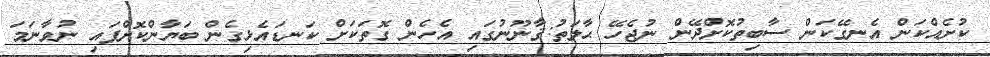
ކުށެއްކަން އެނގޭކަން ސާބިތުކޮށްދޭން ނުޖެހޭ ޙާލަތު:ޤާނޫނުގައި އެހެން ގޮތަކަށް ކަނޑައެޅިގެން ބަޔާންކޮށްފައި ނުވާނަމަ